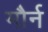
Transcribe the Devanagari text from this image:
मौर्न